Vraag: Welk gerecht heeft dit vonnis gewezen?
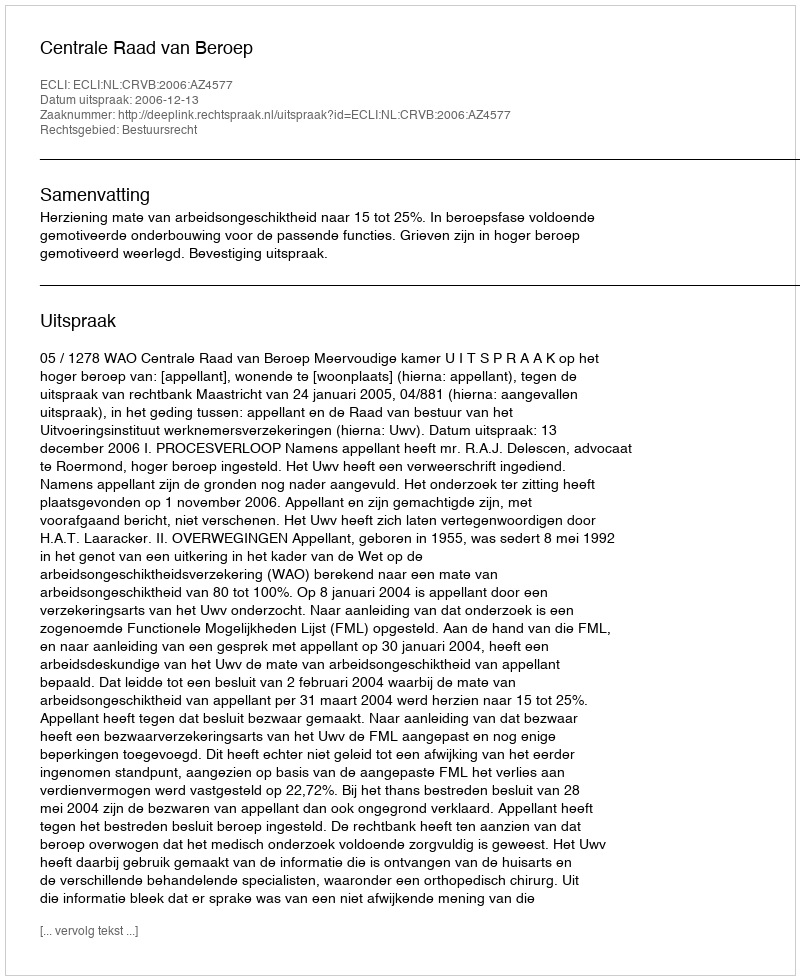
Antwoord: Centrale Raad van Beroep